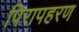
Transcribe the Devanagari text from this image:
पिरापहरण